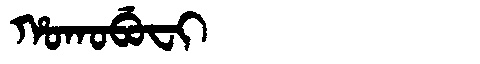
Manchu: ᡥᠣᡴᠣᠪᡠᠸᡳ
Romanization: HOKOBUFI